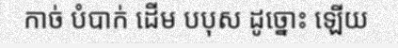
កាច់ បំបាក់ ដើម បបុស ដូច្នោះ ឡើយ